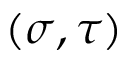
( \sigma , \tau )